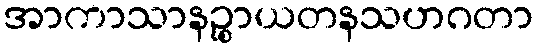
အာကာသာနဉ္စာယတနသဟဂတာ